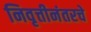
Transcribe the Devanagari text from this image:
निवृत्तीनंतरचे